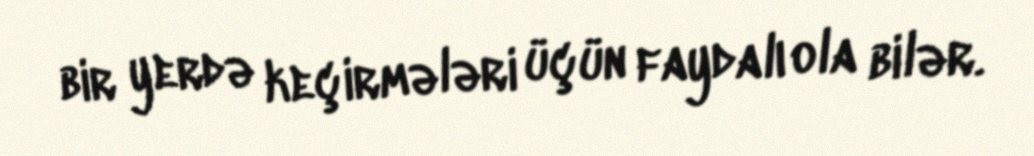
bir yerdə keçirmələri üçün faydalı ola bilər.